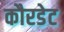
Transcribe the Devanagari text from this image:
कौरडेट